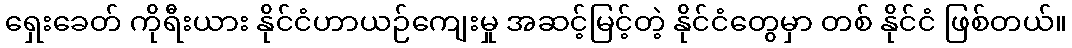
ရှေးခေတ် ကိုရီးယား နိုင်ငံဟာယဉ်ကျေးမှု အဆင့်မြင့်တဲ့ နိုင်ငံတွေမှာ တစ် နိုင်ငံ ဖြစ်တယ်။